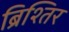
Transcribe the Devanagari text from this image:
ब्रिश्तिर